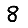
Digit: 8